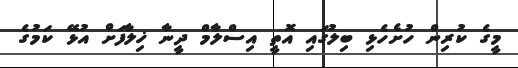
މީގެ ކުރިން ހުށެހެޅި ބިލުގައި އޮތީ އިސްލާމް ދީނާ ޚިލާފަށް އުޅޭ ކަމުގެ